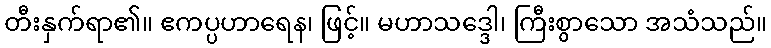
တီးနှက်ရာ၏။ ဧကပ္ပဟာရေန၊ ဖြင့်။ မဟာသဒ္ဒေါ၊ ကြီးစွာသော အသံသည်။